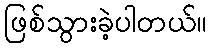
ဖြစ်သွားခဲ့ပါတယ်။